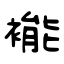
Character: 褦